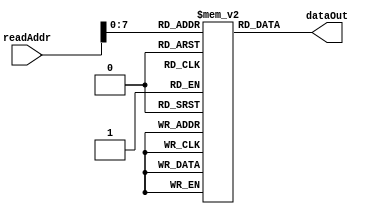
`timescale 1ns / 1ps
//////////////////////////////////////////////////////////////////////////////////
//																				//
// CMPEN 331 Spring 2017														//
// Code by John Huddleston (Section 2)											//
// Instruction memory module													//
// 																				//
//////////////////////////////////////////////////////////////////////////////////


module InstrMem(
    input [31:0] readAddr,
    output [31:0] dataOut
    );
    
    reg [31:0] memory [255:0];
    
    initial begin
    	memory[100] = 32'b10001100001000100000000000000000;
    	memory[104] = 32'b10001100001000110000000000000100;
    	memory[108] = 32'b10001100001001000000000000001000;
    	memory[112] = 32'b10001100001001010000000000001100;
    	memory[116] = 32'b00000000010010100011000000100000;
    end

    assign dataOut = memory[readAddr];
    
endmodule